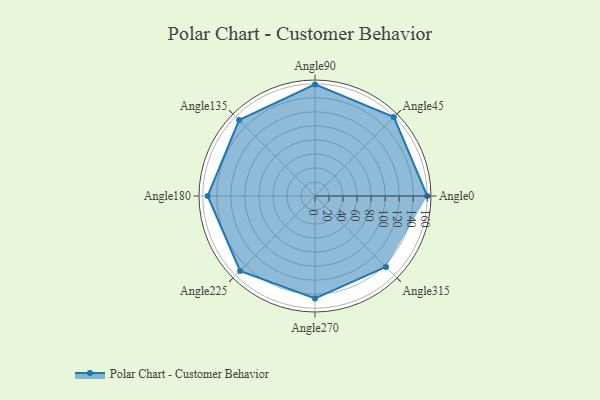
{"axis": {"x": "Angle", "y": "Radius"}, "legend": [""], "data": [{"x": "Angle0", "y": 160.0, "type": ""}, {"x": "Angle45", "y": 159.0, "type": ""}, {"x": "Angle90", "y": 159.0, "type": ""}, {"x": "Angle135", "y": 153.0, "type": ""}, {"x": "Angle180", "y": 153.0, "type": ""}, {"x": "Angle225", "y": 151.0, "type": ""}, {"x": "Angle270", "y": 146.0, "type": ""}, {"x": "Angle315", "y": 143.0, "type": ""}]}